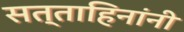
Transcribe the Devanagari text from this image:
सत्ताहिनांनी